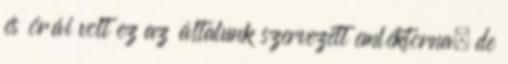
és órái volt ez az általunk szervezett emléktorna, de